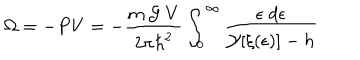
LaTeX: \Omega = - P V = - \frac { m \; { \cal { G } } \; V } { 2 \pi { \hbar } ^ { 2 } } \int _ { 0 } ^ { \infty } \frac { \epsilon \; d \epsilon } { { \cal { Y } } [ \xi ( \epsilon ) ] - h }